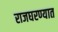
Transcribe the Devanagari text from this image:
राजघरण्यात